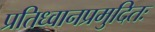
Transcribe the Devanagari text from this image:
प्रतिध्वानप्रमुदितः